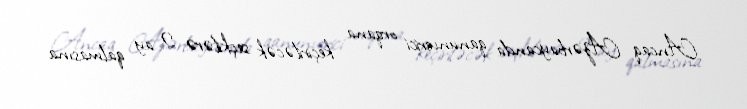
Ancaq Azərbaycanda qanunverici orqana keçiriləcək seçkilərə 2 ay qalmasına